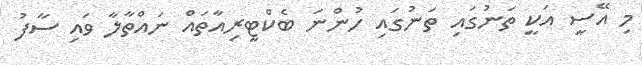
މި އޭސީ އަކީ ތަނުގައި ތަނުގައި ހުންނަ ބެކްޓީރިއާތައް ނައްތާލާ ވައި ސާފު